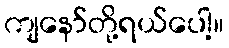
ကျနော်တို့ရယ်ပေါ့။